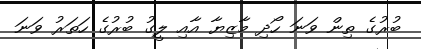
ބުރުގެ ތިން ވަނަ ހޯދި މާޒިޔާ އާއި ލީގު ބުރުގެ ހަތަރު ވަނަ